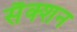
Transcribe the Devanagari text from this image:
सैक्‍शन